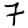
Digit: 7